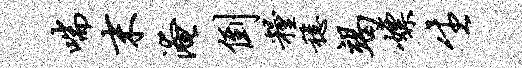
喘末淹倒粮稳竭嫖生